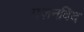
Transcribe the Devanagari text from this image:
गज़नविद